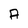
Character: A